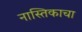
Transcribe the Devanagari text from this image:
नास्तिकाचा